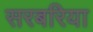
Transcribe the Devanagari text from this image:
सरबरिया